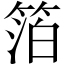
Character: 箔